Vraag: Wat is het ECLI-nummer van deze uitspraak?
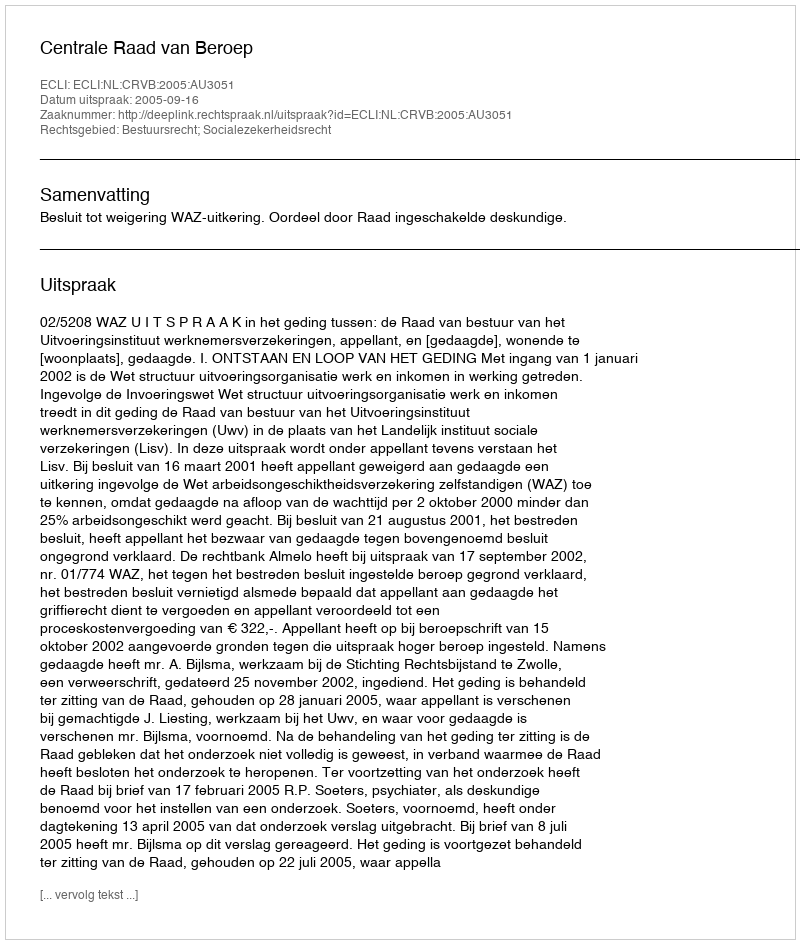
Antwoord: ECLI:NL:CRVB:2005:AU3051